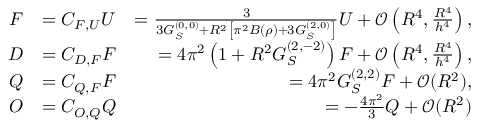
\begin{array} { r l r } { F } & { = C _ { F , U } U } & { = \frac { 3 } { 3 G _ { S } ^ { ( 0 , 0 ) } + R ^ { 2 } \left[ \pi ^ { 2 } B ( \rho ) + 3 G _ { S } ^ { ( 2 , 0 ) } \right] } U + \mathcal { O } \left( R ^ { 4 } , \frac { R ^ { 4 } } { h ^ { 4 } } \right) , } \\ { D } & { = C _ { D , F } F } & { = 4 \pi ^ { 2 } \left( 1 + R ^ { 2 } G _ { S } ^ { ( 2 , - 2 ) } \right) F + \mathcal { O } \left( R ^ { 4 } , \frac { R ^ { 4 } } { h ^ { 4 } } \right) , } \\ { Q } & { = C _ { Q , F } F } & { = 4 \pi ^ { 2 } G _ { S } ^ { ( 2 , 2 ) } F + \mathcal { O } ( R ^ { 2 } ) , } \\ { O } & { = C _ { O , Q } Q } & { = - \frac { 4 \pi ^ { 2 } } { 3 } Q + \mathcal { O } ( R ^ { 2 } ) } \end{array}